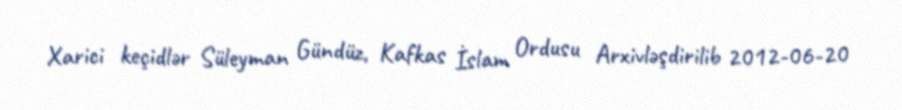
Xarici keçidlər Süleyman Gündüz, Kafkas İslam Ordusu Arxivləşdirilib 2012-06-20